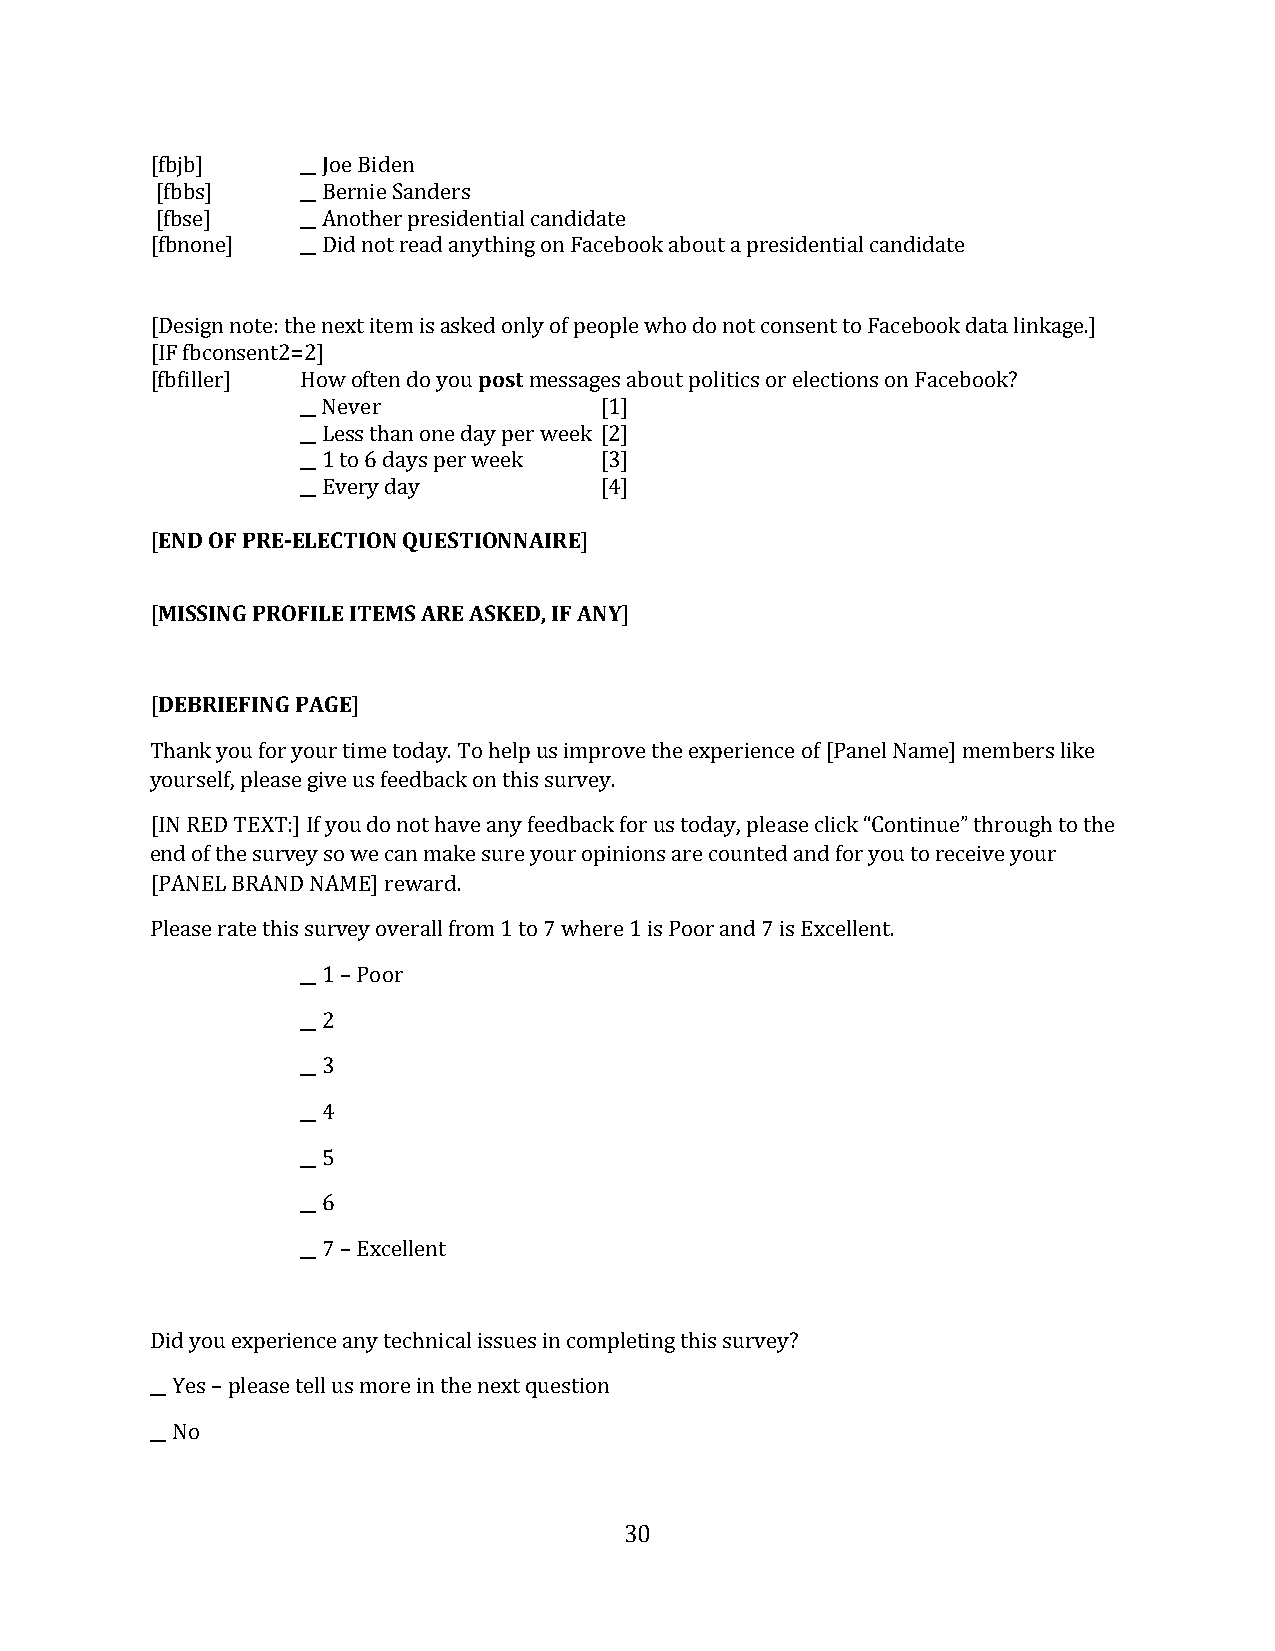
[fbjb]    __ Joe Biden
 [fbbs]    __ Bernie Sanders
 [fbse]    __ Another presidential candidate
 [fbnone]  __ Did not read anything on Facebook about a presidential candidate
 [Design note: the next item is askepdo osntly of people who do not consent to Facebook data linkage.]
 [IF fbconsent2=2]
 [fbfiller] How often do you messages about politics or elections on Facebook?
 __ Never            [1]
 __ Less than one day per week [2]
 __ 1 to 6 days per week [3]
 END OF PRE-E_L_ EECvTerIOy Nda QyU ES TIONN AIRE [4]
 [                           ]
 MISSING PROFILE ITEMS ARE ASKED, IF ANY
 [                              ]
 DEBRIEFING PAGE
 [            ]
 Thank you for your time today. To help us improve the experience of [Panel Name] members like
 yourself, please give us feedback on this survey.
 [IN RED TEXT:] If you do not have any feedback for us today, please click “Continue” through to the
 end of the survey so we can make sure your opinions are counted and for you to receive your
 [PANEL BRAND NAME] reward.
 Please rate this survey overall from 1 to 7 where 1 is Poor and 7 is Excellent.
 __ 1 – Poor
 __ 2
 __ 3
 __ 4
 __ 5
 __ 6
 __ 7 – Excellent
 Did you experience any technical issues in completing this survey?
 __ Yes – please tell us more in the next question
 __ No
 30